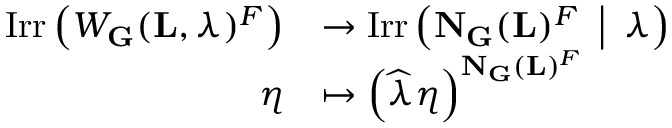
\begin{array} { r l } { \mathrm { I r r } \left( W _ { \mathbf { G } } ( { \mathbf { L } } , \lambda ) ^ { F } \right) } & { \to \mathrm { I r r } \left( { \mathbf { N } } _ { \mathbf { G } } ( { \mathbf { L } } ) ^ { F } \enspace \middle | \enspace \lambda \right) } \\ { \eta } & { \mapsto \left( \widehat { \lambda } \eta \right) ^ { { \mathbf { N } } _ { \mathbf { G } } ( { \mathbf { L } } ) ^ { F } } } \end{array}